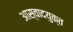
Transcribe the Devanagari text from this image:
आस्वादयुक्त